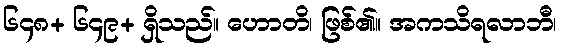
၆၄၈+ ၆၄၉+ ရှိသည်။ ဟောတိ၊ ဖြစ်၏။ အကသိရလာဘီ၊